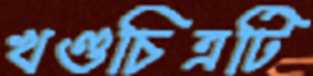
খণ্ডচিত্রটি